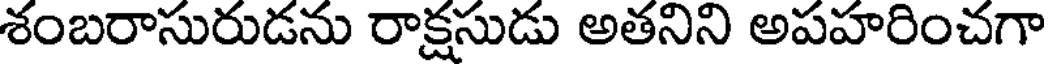
శంబరాసురుడను రాక్షసుడు అతనిని అపహరించగా